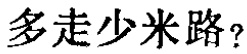
多走少米路？